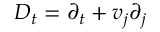
D _ { t } = \partial _ { t } + v _ { j } \partial _ { j }